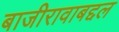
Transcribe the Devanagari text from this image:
बाजीरावाबद्दल